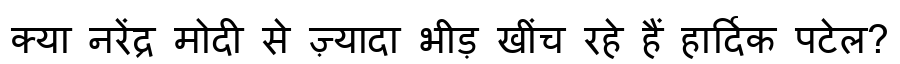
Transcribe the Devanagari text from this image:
क्या नरेंद्र मोदी से ज़्यादा भीड़ खींच रहे हैं हार्दिक पटेल?